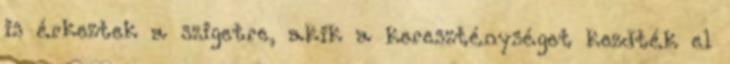
is érkeztek a szigetre, akik a kereszténységet kezdték el